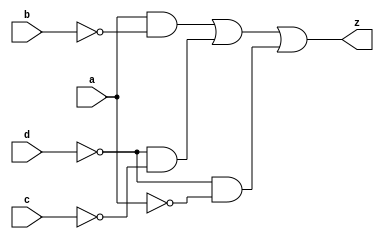
`timescale 1ns / 1ps
//////////////////////////////////////////////////////////////////////////////////
// Company: 
// Engineer: 
// 
// Design Name: 
// Module Name: caja_fuerte
// Project Name: 
// Target Devices: 
// Tool Versions: 
// Description: 
// 
// Dependencies: 
// 
// Revision:
// Revision 0.01 - File Created
// Additional Comments:
// 
//////////////////////////////////////////////////////////////////////////////////


module caja_fuerte(a,b,c,d,z);
    input a,b,c,d;
    output z;
    assign z= (a&~b)||(~d&~c)||(~d&~a);
endmodule